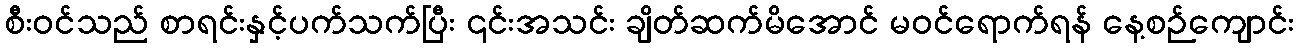
စီး၀င်သည် စာရင်းနှင့်ပက်သက်ပြီး ၎င်းအသင်း ချိတ်ဆက်မိအောင် မဝင်ရောက်ရန် နေ့စဉ်ကျောင်း